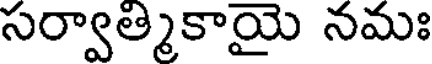
సర్వాత్మికాయై నమః